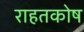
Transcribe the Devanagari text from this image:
राहतकोष